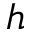
h